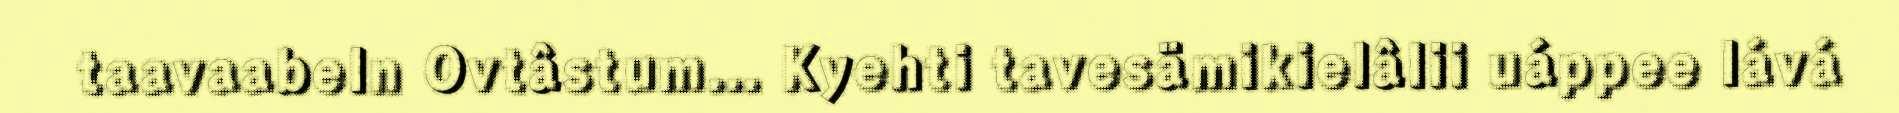
taavaabeln Ovtâstum... Kyehti tavesämikielâlii uáppee lává